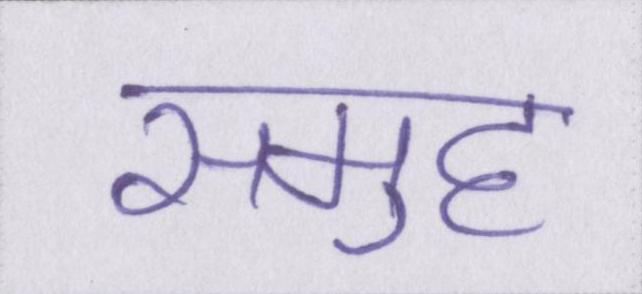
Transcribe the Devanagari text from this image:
समुह